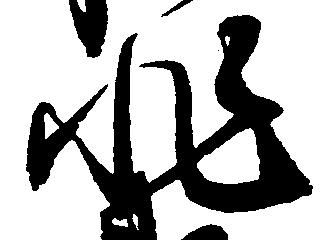
非